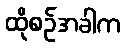
ထိုစဉ်အခါက